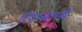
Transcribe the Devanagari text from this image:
जिम्बाम्बे